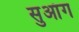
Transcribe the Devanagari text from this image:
सुआंग